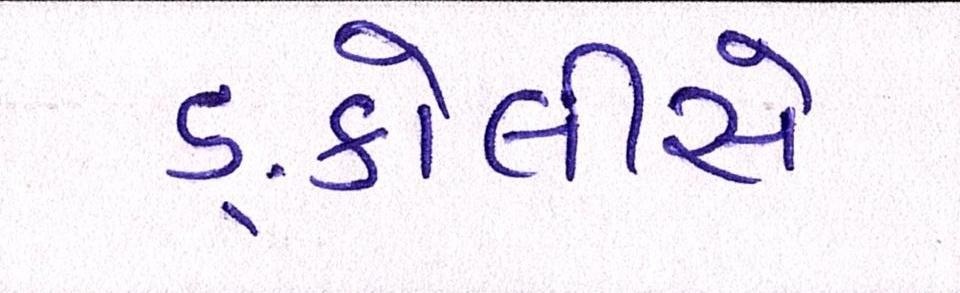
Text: ઙ્કોલીસે